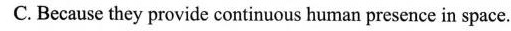
C.Because they provide continuous human presence in space.